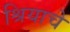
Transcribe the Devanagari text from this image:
श्रियाचे